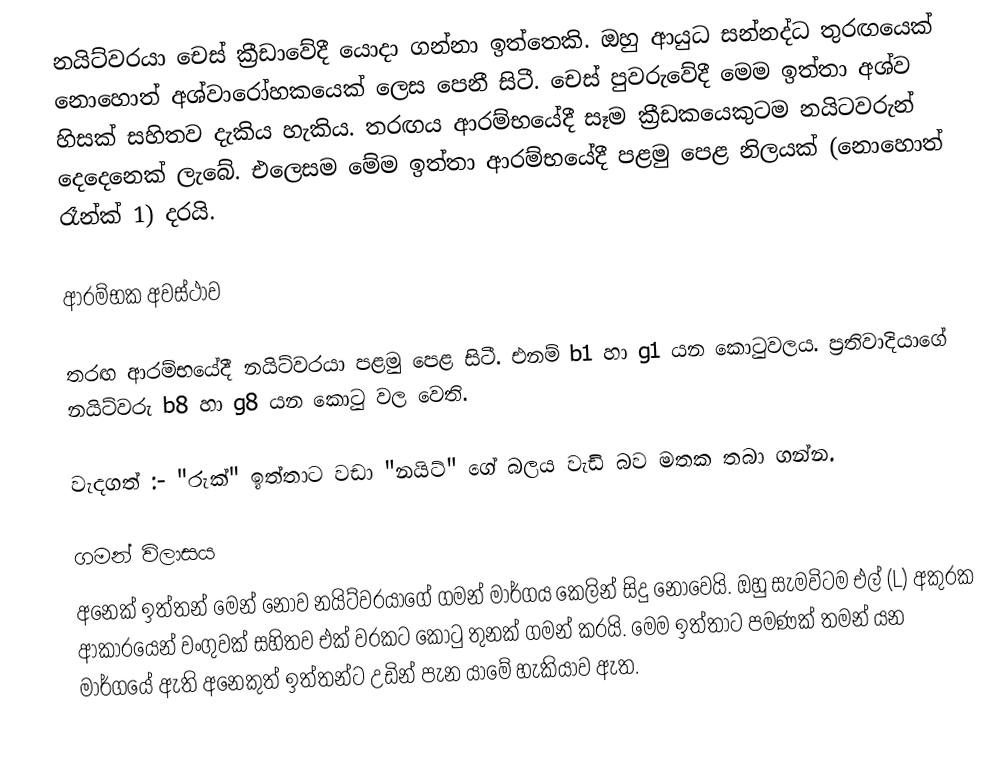
නයිට්වරයා චෙස් ක්‍රීඩාවේදී යොදා ගන්නා ඉත්තෙකි. ඔහු ආයුධ සන්නද්ධ තුරඟයෙක් නොහොත් අශ්වාරෝහකයෙක් ලෙස පෙනී සිටී. චෙස් පුවරුවේදී මෙම ඉත්තා අශ්ව හිසක් සහිතව දැකිය හැකිය. තරඟය ආරම්භයේදී සෑම ක්‍රීඩකයෙකුටම නයිටවරුන් දෙදෙනෙක් ලැබේ. එලෙසම මේම ඉත්තා ආරම්භයේදී පළමු පෙළ නිලයක් (නොහොත් රෑන්ක් 1) දරයි.

ආරම්භක අවස්ථාව

තරඟ ආරම්භයේදී නයිට්වරයා පළමු පෙළ සිටී. එනම් b1 හා g1 යන කොටුවලය.  ප්‍රතිවාදියාගේ නයිට්වරු b8 හා g8 යන කොටු වල වෙති.

වැදගත් :- "රුක්" ඉත්තාට වඩා "නයිට්" ගේ බලය වැඩි බව මතක තබා ගන්න.

ගමන් විලාසය
අනෙක් ඉත්තන් මෙන් නොව නයිට්වරයාගේ ගමන් මාර්ගය කෙලින් සිදු නොවෙයි. ඔහු සැමවිටම එල් (L) අකුරක ආකාරයෙන් වංගුවක් සහිතව එක් වරකට කොටු තුනක් ගමන් කරයි. මෙම ඉත්තාට පමණක් තමන් යන මාර්ගයේ ඇති අනෙකුත් ඉත්තන්ට උඩින් පැන යාමේ හැකියාව ඇත.